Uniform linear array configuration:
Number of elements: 24
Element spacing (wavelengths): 0.75
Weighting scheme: binomial
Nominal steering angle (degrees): -15
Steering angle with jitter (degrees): -14.288
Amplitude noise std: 0.05
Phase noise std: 0.05

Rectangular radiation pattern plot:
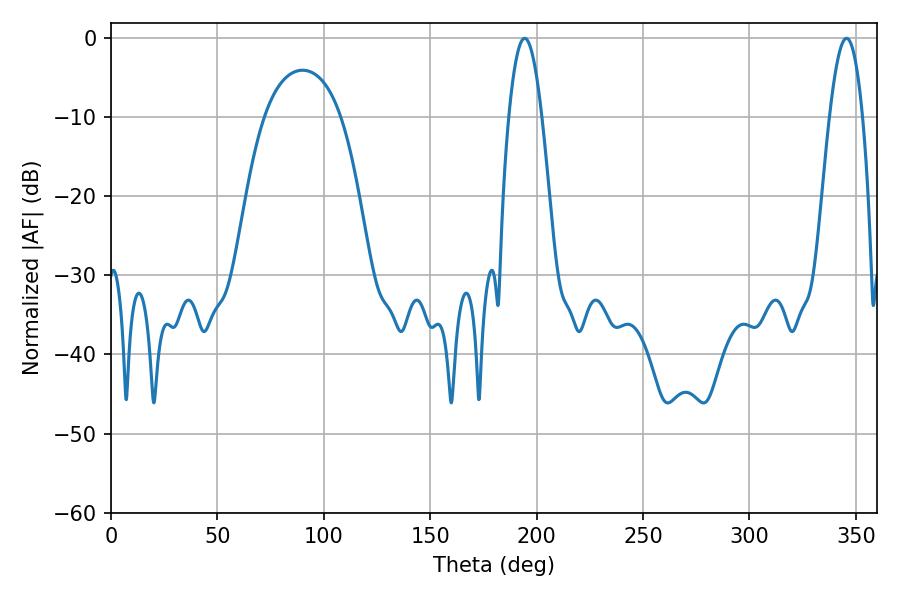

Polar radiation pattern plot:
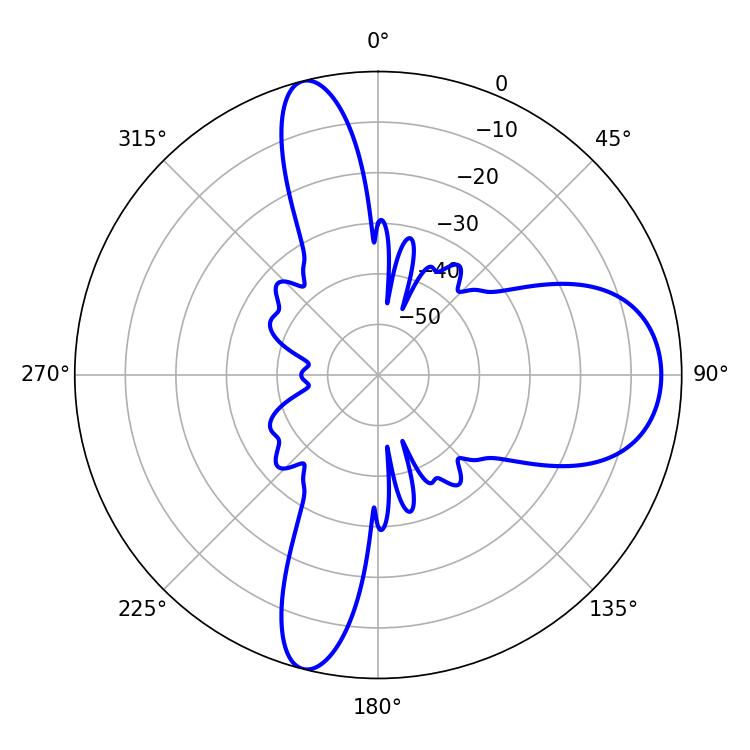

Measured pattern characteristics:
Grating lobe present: TRUE
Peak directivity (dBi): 12.76
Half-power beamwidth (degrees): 8.46
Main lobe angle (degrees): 194.4